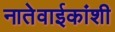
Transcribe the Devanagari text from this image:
नातेवाईकांशी